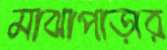
মাঝাপাড়ার